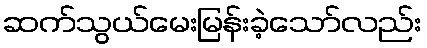
ဆက်သွယ်မေးမြန်းခဲ့သော်လည်း